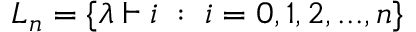
{ \cal L } _ { n } = \{ \lambda \vdash i \; : \; i = 0 , 1 , 2 , . . . , n \}